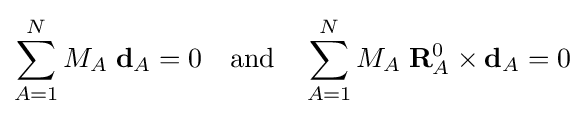
\sum _{A=1}^{N}M_{A}\;\mathbf {d} _{A}=0\quad \mathrm {and} \quad \sum _{A=1}^{N}M_{A}\;\mathbf {R} _{A}^{0}\times \mathbf {d} _{A}=0